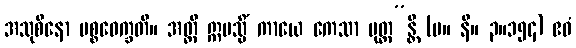
အသုစိနော ပစ္စဝေက္ခတိ။ အတ္ထိ ဣမသ္မိံ ကာယေ ကေသာ မုတ္တ”န္တိ (မ။ နိ။ ၃။၁၅၄) ဧဝံ